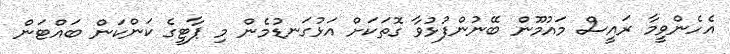
އެހެންވީމާ ރައީސް މައުމޫން ބޭނުންފުޅުވާ ގޮތަކަށް އަޅުގަނޑުމެން މި ޕާޓީގެ ކަންކަން ބައްޓަން